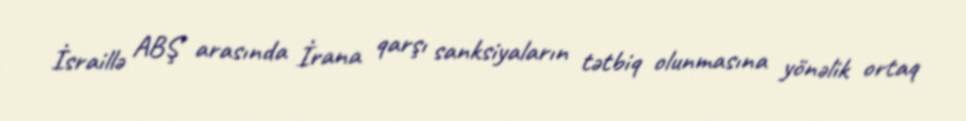
İsraillə ABŞ arasında İrana qarşı sanksiyaların tətbiq olunmasına yönəlik ortaq